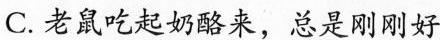
C.老鼠吃起奶酪来，总是刚刚好